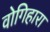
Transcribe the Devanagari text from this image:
वोगिहारा